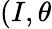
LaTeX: (I,\theta